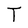
Character: T